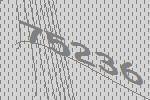
75236